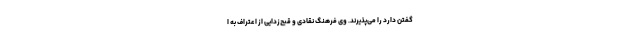
گفتن دارد را می‌پذیرند. وی فرهنگ نقادی و قبح‌زدایی از اعتراف به ا